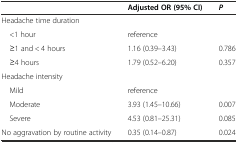
<table><thead><tr><td></td><td><b>Adjusted OR (95% CI)</b></td><td><b><i>P</i></b></td></tr></thead><tbody><tr><td>Headache time duration</td><td></td><td></td></tr><tr><td> &lt;1 hour</td><td>reference</td><td></td></tr><tr><td> ≥1 and &lt; 4 hours</td><td>1.16 (0.39–3.43)</td><td>0.786</td></tr><tr><td> ≥4 hours</td><td>1.79 (0.52–6.20)</td><td>0.357</td></tr><tr><td>Headache intensity</td><td></td><td></td></tr><tr><td> Mild</td><td>reference</td><td></td></tr><tr><td> Moderate</td><td>3.93 (1.45–10.66)</td><td>0.007</td></tr><tr><td> Severe</td><td>4.53 (0.81–25.31)</td><td>0.085</td></tr><tr><td>No aggravation by routine activity</td><td>0.35 (0.14–0.87)</td><td>0.024</td></tr></tbody></table>